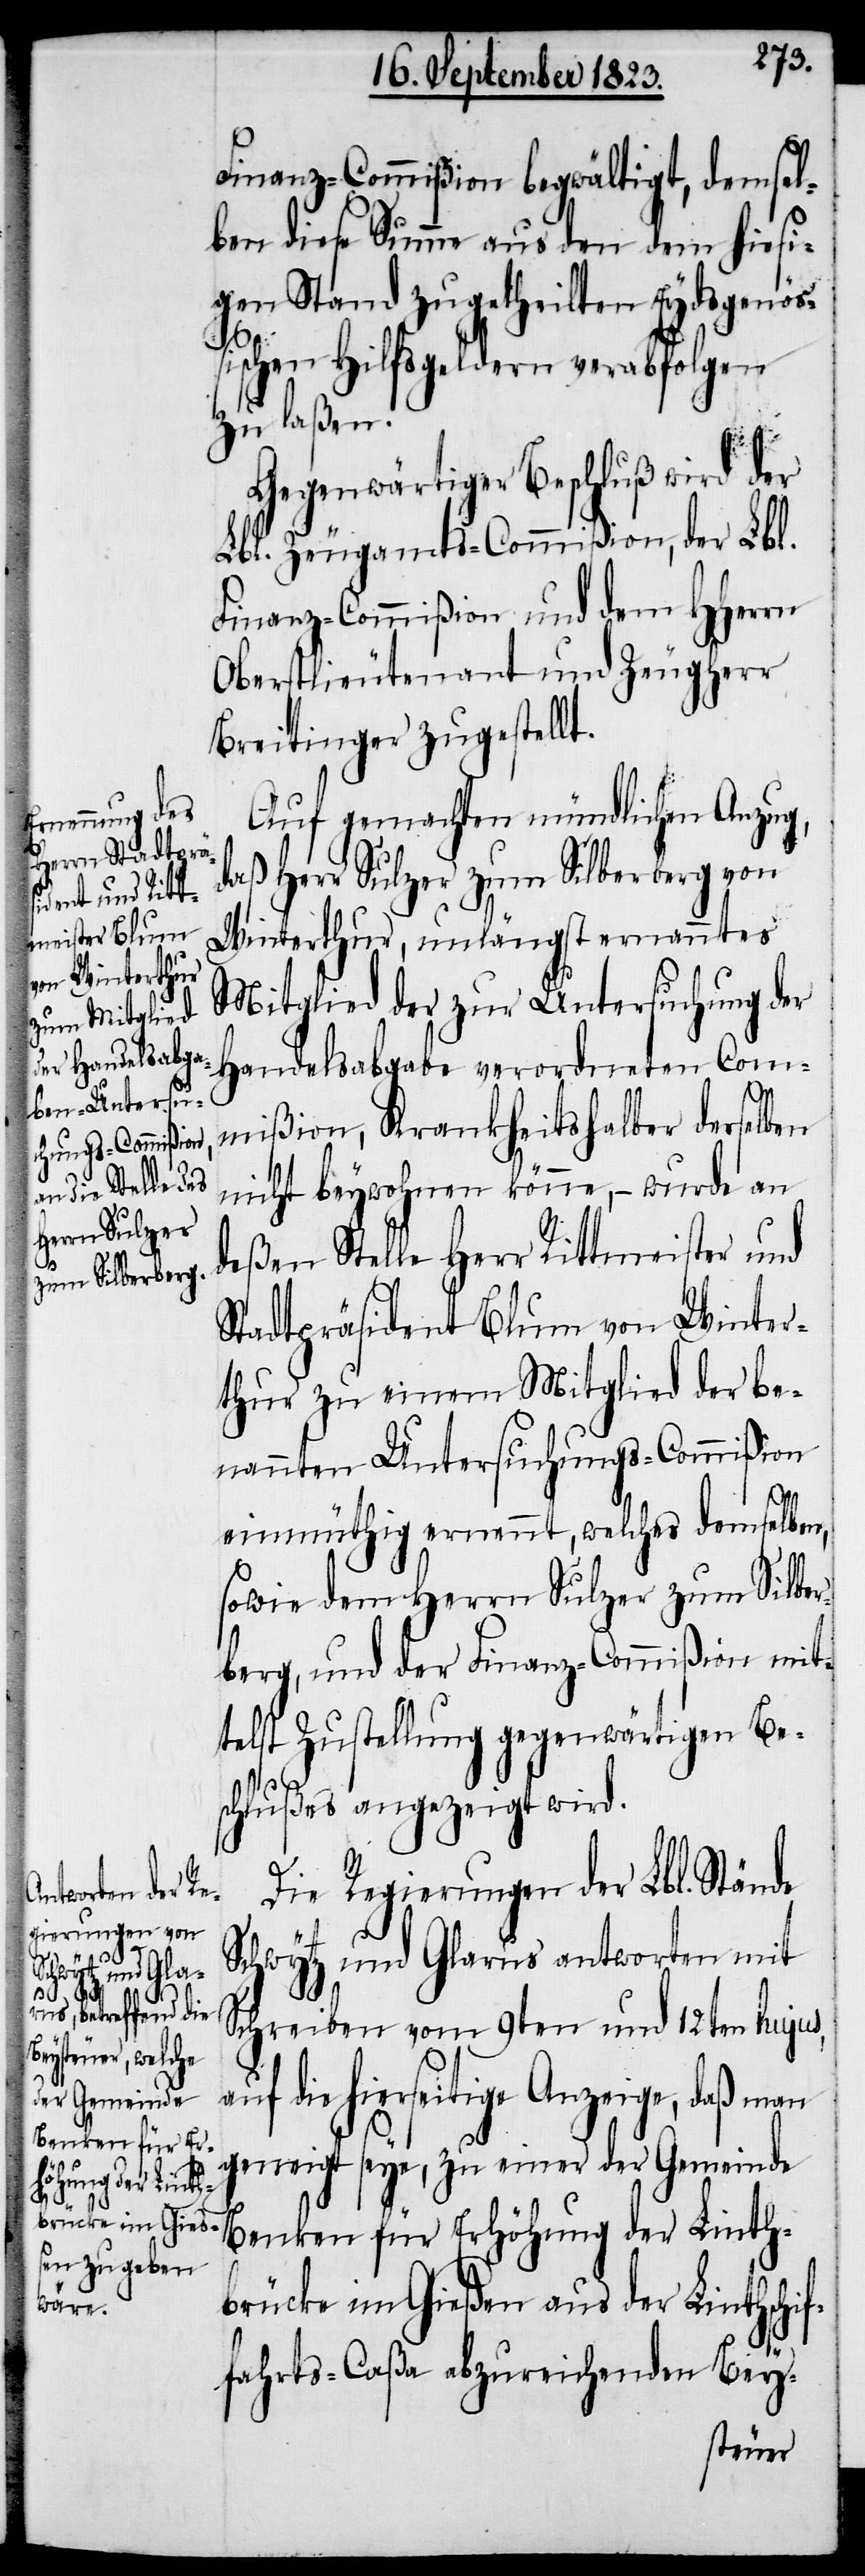
Finanz-Commißion begwältigt, demsel¬
ben diese Summe aus den dem hiesi¬
gen Stand zugetheilten Eydsgenößi¬
schen Hilfsgeldern verabfolgen
zu laßen.
Gegenwärtiger Beschluß wird der
Lbl. Zeugamts-Commißion, der Lbl.
Finanz-Commißion und dem HHerrn
Oberstlieutenant und Zeugherr
Breitinger zugestellt.
Auf gemachten mündlichen Anzug,
daß Herr Sulzer zum Silberberg von
Winterthur, unlängst ernanntes
Mitglied der zur Untersuchung der
Handelsabgabe verordneten Com¬
mißion, Krankheitshalber derselben
nicht beywohnen könne, − wurde an
deßen Stelle Herr Rittmeister und
Stadtpräsident Blum von Winter¬
thur zu einem Mitglied der be¬
nannten Untersuchungs-Commißion
einmüthig ernennt, welches demselben,
sowie dem Herrn Sulzer zum Silber¬
berg, und der Finanz-Commißion mit¬
telst Zustellung gegenwärtigen Be¬
schlußes angezeigt wird.
Die Regierungen der Lbl. Stände
wytz und Glarus antworten mit
Sch¬
Schreiben vom 9ten und 12ten hujus,
die hierseitige Anzeige, daß
geneigt seye, zu einer der Gemeinde
Benken für Erhöhung der Linth¬
brücke im Gießen aus der Linthschif¬
fahrts-Caßa abzureichenden Bey-